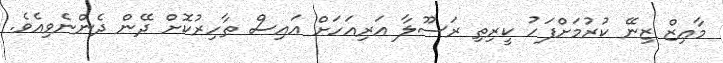
މާޢިޒް ޒިނޭ ކުރުމަށްފަހު ކީރިތި ރަސޫލާ އަރިއަހަށް އައިސް ޠާހިރުކޮށް ދޭން ދެންނެވިއެވެ.